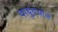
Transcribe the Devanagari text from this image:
दादुदयाल